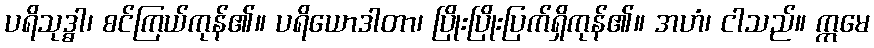
ပရိသုဒ္ဓါ၊ စင်ကြယ်ကုန်၏။ ပရိယောဒါတာ၊ ပြိုးပြိုးပြက်ရှိကုန်၏။ အဟံ၊ ငါသည်။ ဣမေ